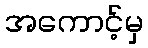
အကောင့်မှ